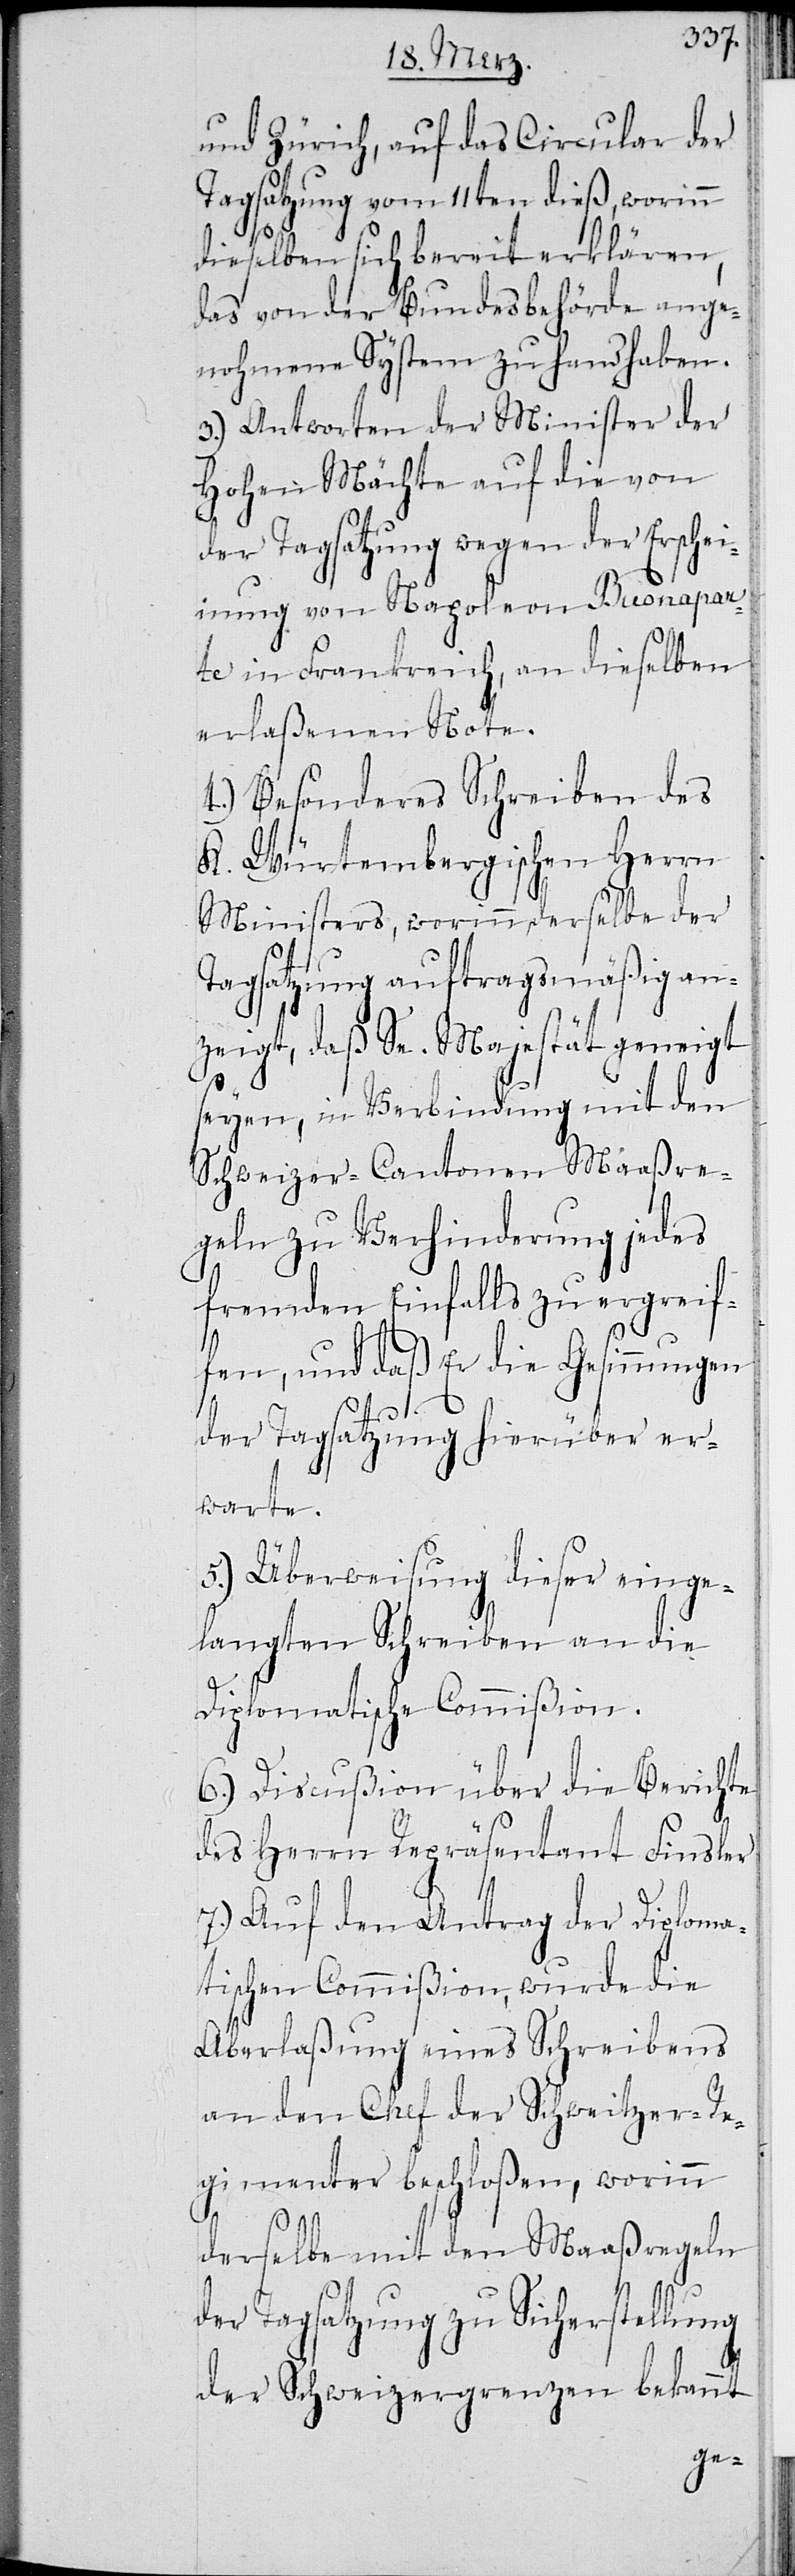
und Zürich, auf das Circular der
Tagsatzung vom 11ten dieß, worinn
dieselben sich bereit erklären,
das von der Bundesbehörde ange¬
nohmene System zu handhaben.
3.) Antworten der Minister der
Hohen Mächte auf die von
der Tagsatzung wegen der Erschei¬
nung von Napoleon Buonapar¬
te in Frankreich, an dieselben
erlaßenen Noten.
4.) Besonderes Schreiben des
K. Würtembergischen Herrn
Ministers, worinn derselbe der
Tagsatzung auftragsmäßig an¬
zeigt, daß Se. Majestät geneigt
seyen, in Verbindung mit den
Schweizer-Cantonen Maaßre¬
geln zu Verhinderung jedes
fremden Einfalls zu ergreif¬
fen, und daß Er die Gesinnungen
der Tagsatzung hierüber er¬
warte.
5.) Überweisung dieser einge¬
langten Schreiben an die
Diplomatische Commißion.
6.) Discußion über die Berichte
des Herrn Repräsentanten Finsler.
7.) Auf den Antrag der Diploma¬
tischen Commißion, wurde die
Aberlaßung eines Schreibens
an den Chef der Schweitzer-Re¬
gimenter beschloßen, worinn
derselbe mit den Maasregeln
der Tagsatzung zu Sicherstellung
der Schweizergrenzen bekannt